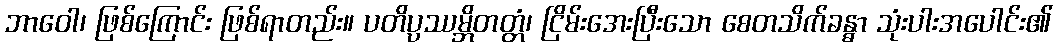
ဘာဝေါ၊ ဖြစ်ကြောင်း ဖြစ်ရာတည်း။ ပတိပ္ပဿမ္ဘိတတ္တံ၊ ငြိမ်းအေးပြီးသော စေတသိက်ခန္ဓာ သုံးပါးအပေါင်း၏